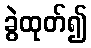
ခွဲထုတ်၍